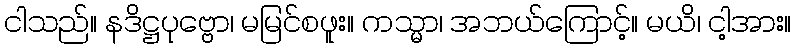
ငါသည်။ နဒိဋ္ဌပုဗ္ဗော၊ မမြင်စဖူး။ ကသ္မာ၊ အဘယ်ကြောင့်။ မယိ၊ ငါ့အား။